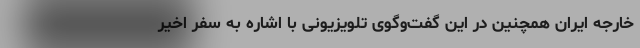
خارجه ایران همچنین در این گفت‌وگوی تلویزیونی با اشاره به سفر اخیر